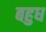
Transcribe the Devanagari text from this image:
बहुध